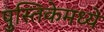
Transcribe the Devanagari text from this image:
पुस्तिकेमध्ये